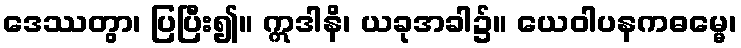
ဒေဿတွာ၊ ပြပြီး၍။ ဣဒါနိ၊ ယခုအခါ၌။ ယေဝါပနကဓမ္မေ၊